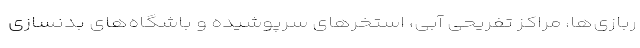
ربازی‌ها، مراکز تفریحی آبی، استخرهای سرپوشیده و باشگاه‌های بدنسازی